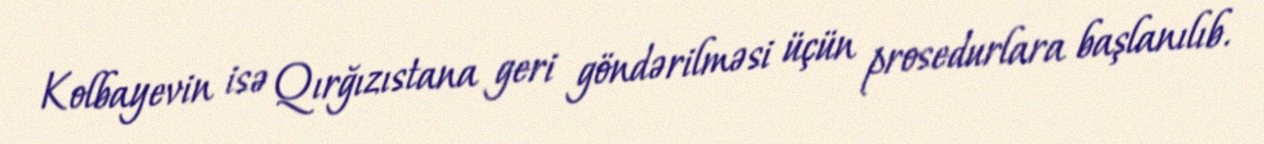
Kolbayevin isə Qırğızıstana geri göndərilməsi üçün prosedurlara başlanılıb.